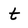
Character: t